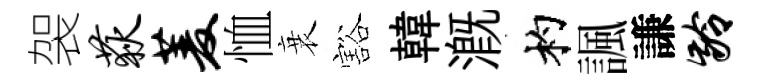
袈荻菱恤衰豁韓溉杓諷謙龄